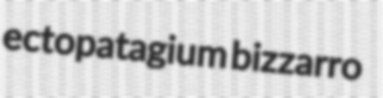
ectopatagium bizzarro